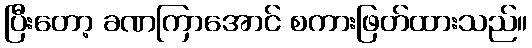
ပြီးတော့ ခဏကြာအောင် စကားဖြတ်ထားသည်။